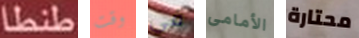
طنطا وقت في الأمامى محتارة